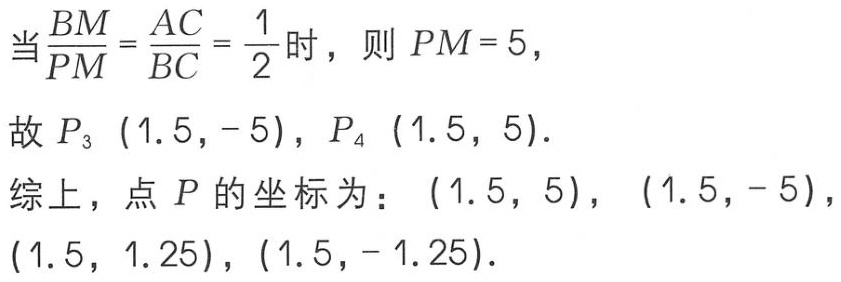
当$\frac{BM}{PM}=\frac{AC}{BC}=\frac{1}{2}$时，则$PM = 5$，
故$P_3\ (1.5, - 5)$，$P_4\ (1.5, 5)$．
综上，点$P$的坐标为：$(1.5, 5)$，$(1.5, - 5)$，$(1.5, 1.25)$，$(1.5, - 1.25)$．